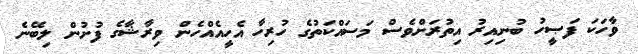
ވާހަކަ ފަޞީހު ބުނިއިރު އިތުރަށްވެސް މަސައްކަތުގެ ހުރިހާ އެހީއެއްހެން ވިރާޝާގެ ފުށުން ލިބޭނެ